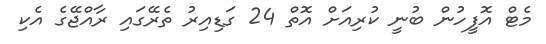
މެޓް އޮފީހުން ބުނީ ކުރިއަށް އޮތް 24 ގަޑިއިރު ތެރޭގައި ރާއްޖޭގެ އެކި